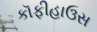
કૉફીહાઉસ